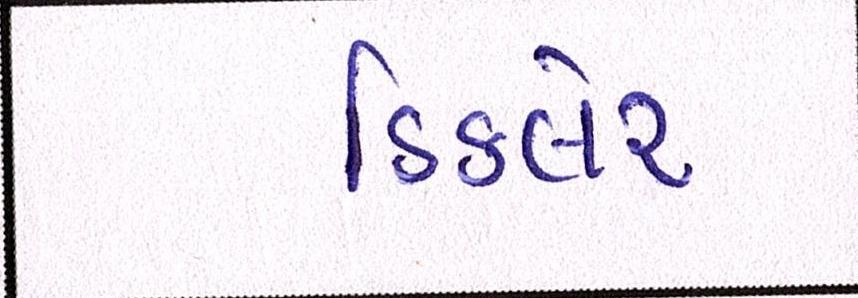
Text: ડિકલેર